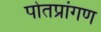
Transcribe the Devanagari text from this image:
पोतप्रांगण